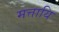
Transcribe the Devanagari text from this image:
मत्तायि